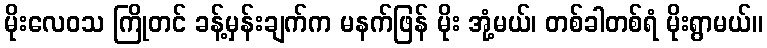
မိုးလေဝသ ကြိုတင် ခန့်မှန်းချက်က မနက်ဖြန် မိုး အုံ့မယ်၊ တစ်ခါတစ်ရံ မိုးရွာမယ်။